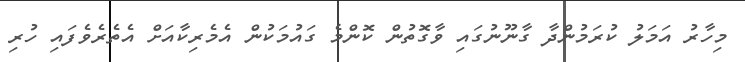
މިހާރު އަމަލު ކުރަމުންދާ ގާނޫނުގައި ވާގޮތުން ކޮންމެ ގައުމަކުން އެމެރިކާއަށް އެތެރެވެފައި ހުރި